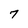
Character: 7